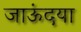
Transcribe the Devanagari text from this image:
जाऊंदया